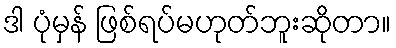
ဒါ ပုံမှန် ဖြစ်ရပ်မဟုတ်ဘူးဆိုတာ။